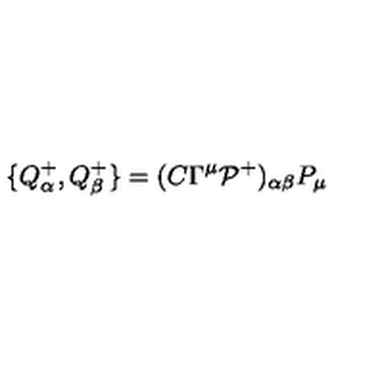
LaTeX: \{ Q _ { \alpha } ^ { + } , Q _ { \beta } ^ { + } \} = ( C \Gamma ^ { \mu } { \cal P } ^ { + } ) _ { \alpha \beta } P _ { \mu }